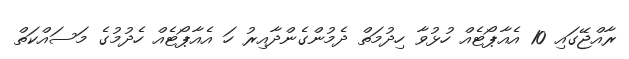
ރާއްޖޭގައި 10 އެއާޕޯޓެއް ހުޅުވާ ހިދުމަތް ދެމުންގެންދާއިރު ހަ އެއާޕޯޓެއް ހެދުމުގެ މަސައްކަތް